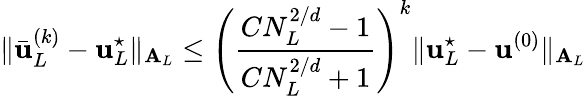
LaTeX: \| \bar{\boldsymbol{\mathbf{u}}}_{L}^{(k)}-\boldsymbol{\mathbf{u}}_{L}^{\star}\| _{\boldsymbol{\mathbf{A}}_{L}}\le\left(\frac{CN_{L}^{2/d}-1}{CN_{L}^{2/d}+1}\right)^{k}\| \boldsymbol{\mathbf{u}}_{L}^{\star}-\boldsymbol{\mathbf{u}}^{(0)}\| _{\boldsymbol{\mathbf{A}}_{L}}